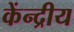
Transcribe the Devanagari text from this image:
केंन्‍द्रीय